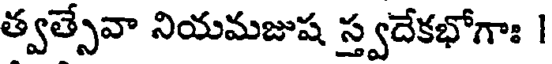
త్వత్సేవా నియమజుష స్త్వదేకభోగాః |